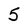
Character: 5